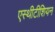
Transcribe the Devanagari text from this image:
एस्थीटीशियन